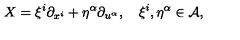
X = \xi ^ { i } \partial _ { x ^ { i } } + \eta ^ { \alpha } \partial _ { u ^ { \alpha } } , \quad \xi ^ { i } , \eta ^ { \alpha } \in \cal { A } ,